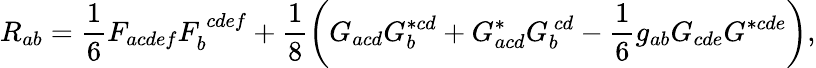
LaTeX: R_{ab}=\frac{1}{6}F_{acdef}F_{b}^{~cdef}+\frac{1}{8}\left(G_{acd}G_{b}^{*cd}+G_{acd}^{*}G_{b}^{~cd}-\frac{1}{6}g_{ab}G_{cde}G^{*cde}\right),